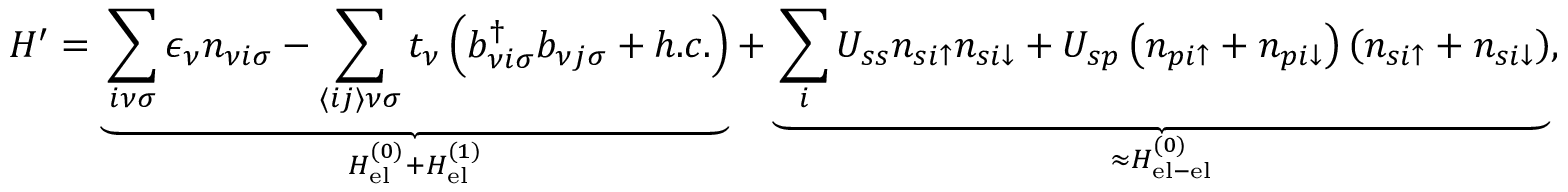
H ^ { \prime } = \underbrace { \sum _ { i \nu \sigma } \epsilon _ { \nu } n _ { \nu i \sigma } - \sum _ { \langle i j \rangle \nu \sigma } t _ { \nu } \left( b _ { \nu i \sigma } ^ { \dagger } b _ { \nu j \sigma } + h . c . \right) } _ { H _ { \mathrm { e l } } ^ { ( 0 ) } + H _ { \mathrm { e l } } ^ { ( 1 ) } } + \underbrace { \sum _ { i } U _ { s s } n _ { s i \uparrow } n _ { s i \downarrow } + U _ { s p } \left( n _ { p i \uparrow } + n _ { p i \downarrow } \right) \left( n _ { s i \uparrow } + n _ { s i \downarrow } \right) } _ { \approx H _ { \mathrm { e l - e l } } ^ { ( 0 ) } } ,